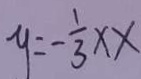
y = - \frac { 1 } { 3 } \times x